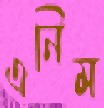
এনিম